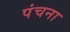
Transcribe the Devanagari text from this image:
पंचना